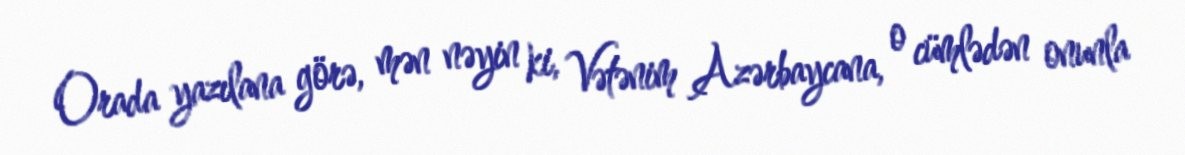
Orada yazılana görə, mən nəyin ki, Vətənim Azərbaycana, o cümlədən onunla